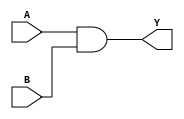
module ADD2 (
	input A, B,
	output Y
);
	assign Y = A & B;
endmodule